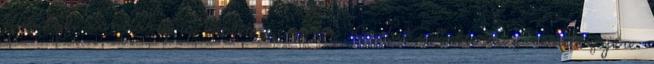
Mi­hályfi Sándorra is emlékszem, az „Indul a bakterház” rendezőjére.